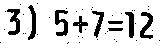
3) 5+7=12